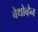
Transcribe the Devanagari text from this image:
बेथोव्हेन